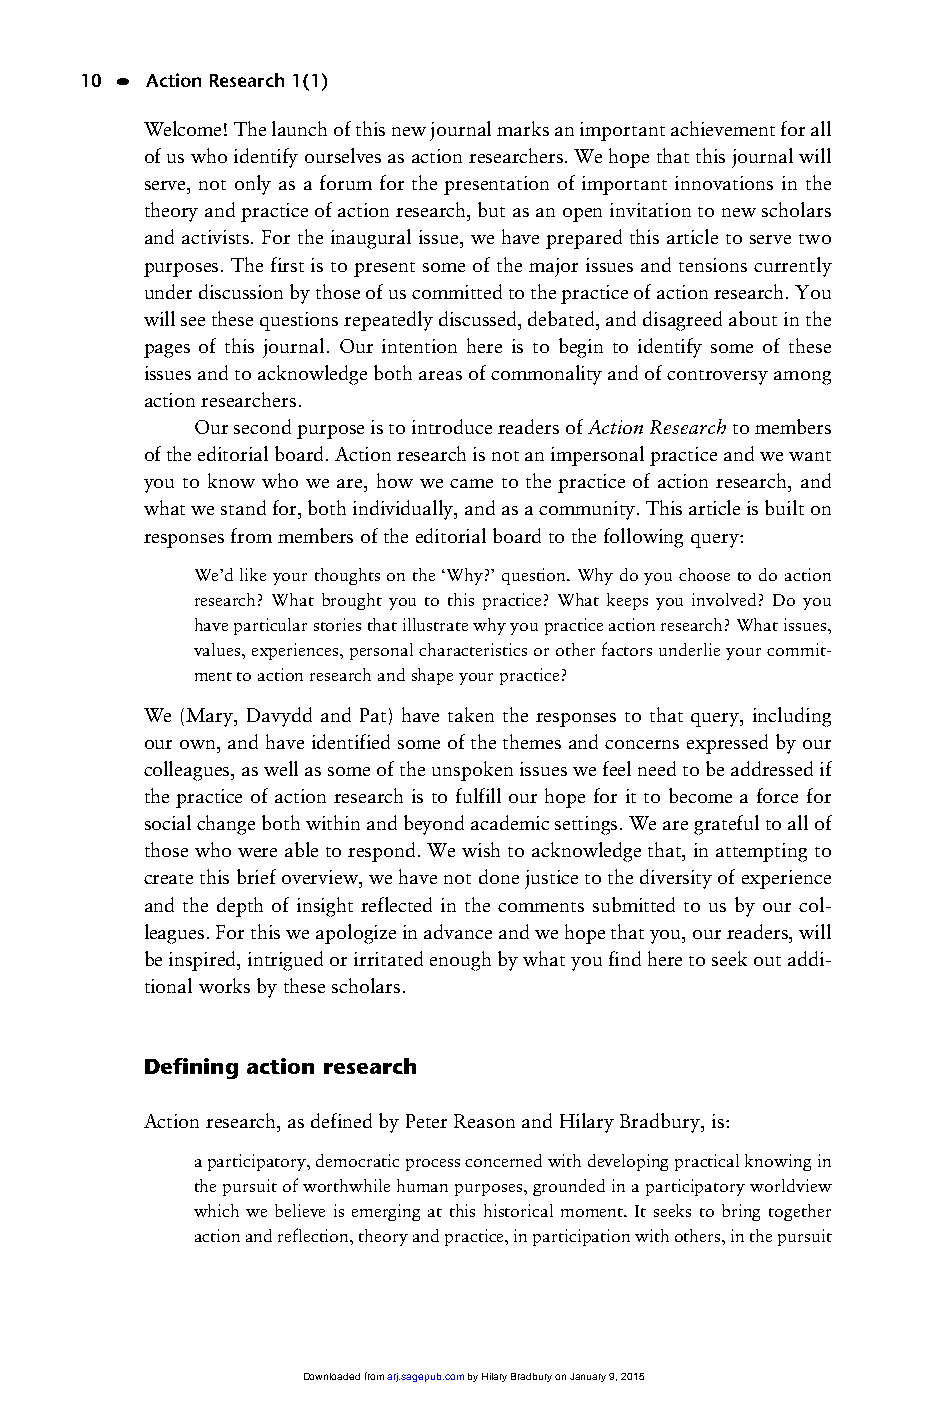
01_ARJ 1/1 16/6/03 9:37 am Page 10
 10 • Action Research 1(1)
 Welcome! The launch of this new journal marks an important achievement for all
 of us who identify ourselves as action researchers. We hope that this journal will
 serve, not only as a forum for the presentation of important innovations in the
 theory and practice of action research, but as an open invitation to new scholars
 and activists. For the inaugural issue, we have prepared this article to serve two
 purposes. The first is to present some of the major issues and tensions currently
 under discussion by those of us committed to the practice of action research. You
 will see these questions repeatedly discussed, debated, and disagreed about in the
 pages of this journal. Our intention here is to begin to identify some of these
 issues and to acknowledge both areas of commonality and of controversy among
 action researchers.
 Our second purpose is to introduce readers of Action Researchto members
 of the editorial board. Action research is not an impersonal practice and we want
 you to know who we are, how we came to the practice of action research, and
 what we stand for, both individually, and as a community. This article is built on
 responses from members of the editorial board to the following query:
 We’d like your thoughts on the ‘Why?’ question. Why do you choose to do action
 research? What brought you to this practice? What keeps you involved? Do you
 have particular stories that illustrate why you practice action research? What issues,
 values, experiences, personal characteristics or other factors underlie your commit-
 ment to action research and shape your practice?
 We (Mary, Davydd and Pat) have taken the responses to that query, including
 our own, and have identified some of the themes and concerns expressed by our
 colleagues, as well as some of the unspoken issues we feel need to be addressed if
 the practice of action research is to fulfill our hope for it to become a force for
 social change both within and beyond academic settings. We are grateful to all of
 those who were able to respond. We wish to acknowledge that, in attempting to
 create this brief overview, we have not done justice to the diversity of experience
 and the depth of insight reflected in the comments submitted to us by our col-
 leagues. For this we apologize in advance and we hope that you, our readers, will
 be inspired, intrigued or irritated enough by what you find here to seek out addi-
 tional works by these scholars.
 Defining action research
 Action research, as defined by Peter Reason and Hilary Bradbury, is:
 a participatory, democratic process concerned with developing practical knowing in
 the pursuit of worthwhile human purposes, grounded in a participatory worldview
 which we believe is emerging at this historical moment. It seeks to bring together
 action and reflection, theory and practice, in participation with others, in the pursuit
 Downloaded from arj.sagepub.com by Hilary Bradbury on January 9, 2015